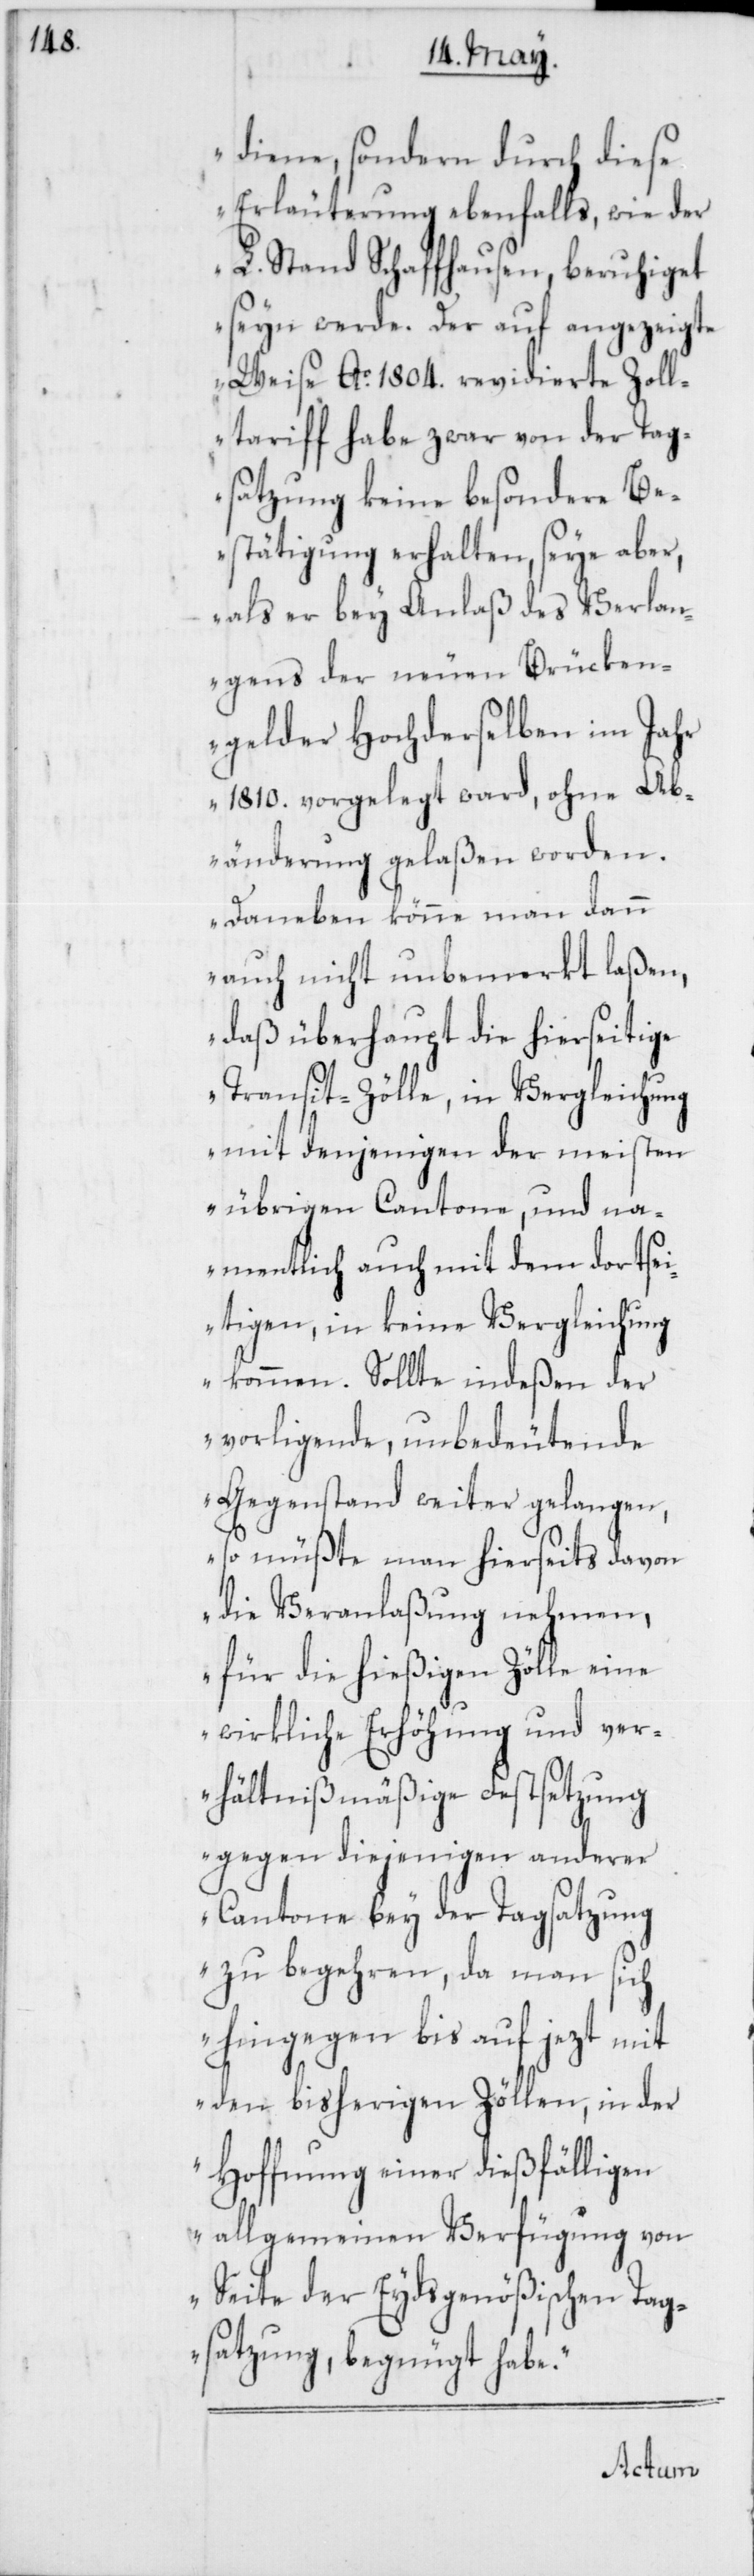
e[n]

diene, sondern durch diese
Erläuterung ebenfalls, wie der
L. Stand Schaffhausen, beruhiget
seyn werde. Der auf angezeigte
Weise Ao. 1804. revidierte Zoll¬
tariff habe zwar von der Tag¬
satzung keine besondere Be¬
stätigung erhalten, seye aber,
als er bey Anlaß des Verlan¬
gens der neuen Brücken¬
gelder Hochderselben im Jah¬
r 1810. vorgelegt ward, ohne Ab¬
änderung gelaßen worden.
Daneben könne man dann
auch nicht unbemerkt laßen,
daß überhaupt die hierseitig¬
Transit-Zölle, in Vergleichung
mit denjenigen der meisten
übrigen Cantone, und na¬
mentlich auch mit dem dortsei¬
tigen, in keine Vergleichung
kommen. Sollte indeßen der
vorligende, unbedeutende
Gegenstand weiter gelangen,
so müßte man hierseits davon
die Veranlaßung nehmen,
für die hießigen Zölle eine
wirkliche Erhöhung und ver¬
hältnißmäßige Festsetzung
gegen diejenigen anderer
Cantone bey der Tagsatzung
zu begehren, da man sich
hingegen bis auf jezt mit
den bisherigen Zöllen, in der
Hoffnung einer dießfälligen
allgemeinen Verfügung von
Seite der Eydsgenößischen Tag¬
satzung, begnügt habe.“